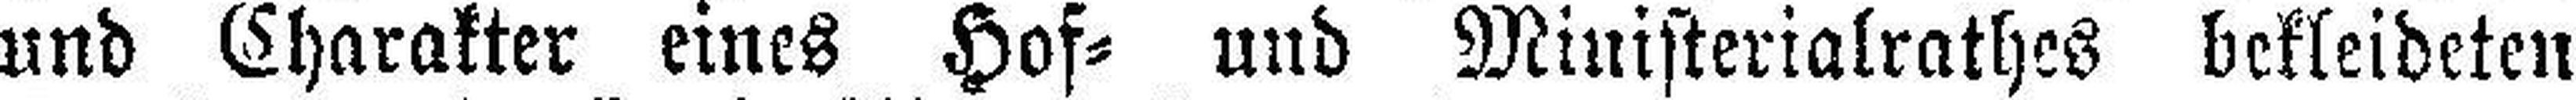
und Charakter eines Hof= und Ministerialrathes bekleideten